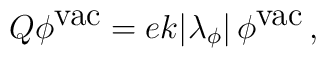
Q\phi ^{\textrm{vac}}=ek|\lambda _{\phi }|\, \phi ^{\textrm{vac}}\, ,